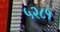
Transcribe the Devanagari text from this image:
५२८१